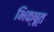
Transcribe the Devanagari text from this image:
भिक्षूत